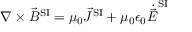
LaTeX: \nabla \times { \vec { B } } ^ { \mathrm { S I } } = \mu _ { 0 } { \vec { J } } ^ { \mathrm { S I } } + \mu _ { 0 } \epsilon _ { 0 } { \dot { \vec { E } } } ^ { \mathrm { S I } }